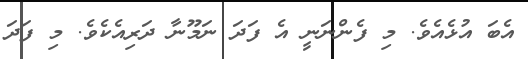
އެބަ އުޅެއެވެ. މި ފެންނަނީ އެ ފަދަ ނަމޫނާ ދަރިއެކެވެ. މި ފަދަ